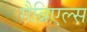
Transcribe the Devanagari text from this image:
गैब्रिएल्स